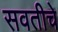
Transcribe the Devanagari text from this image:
सवतीचे